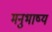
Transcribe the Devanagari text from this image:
मनुभाष्य